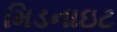
મિડનાઇટ